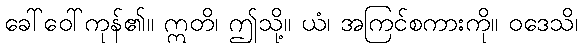
ခေါ်ဝေါ်ကုန်၏။ ဣတိ၊ ဤသို့။ ယံ၊ အကြင်စကားကို။ ဝဒေသိ၊